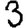
Digit: 3